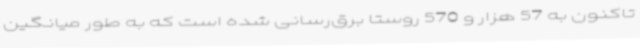
تاکنون به 57 هزار و 570 روستا برق‌رسانی شده است که به طور میانگین